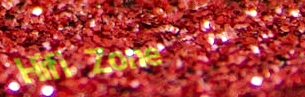
Hifi Zone